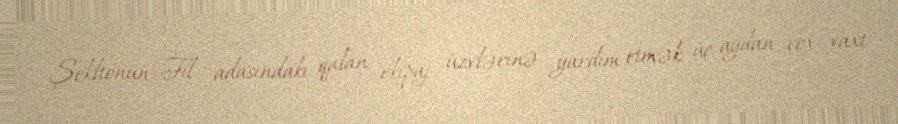
Şekltonun Fil adasındakı qalan ekipaj üzvlərinə yardım etmək üç aydan çox vaxt